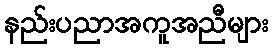
နည်းပညာအကူအညီများ